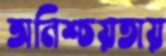
অনিশ্চয়তায়